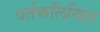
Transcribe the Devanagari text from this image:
वर्तकलिखित